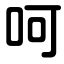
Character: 呵